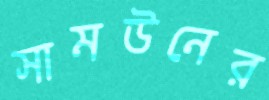
সামউনের